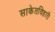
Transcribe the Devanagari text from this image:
साकेतविहारी